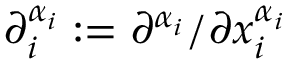
\partial _ { i } ^ { \alpha _ { i } } : = \partial ^ { \alpha _ { i } } / \partial x _ { i } ^ { \alpha _ { i } }